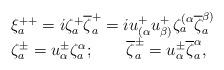
LaTeX: \begin{align*}\begin{array}{lcr}\xi_a^{++}=i\zeta_a^+\overline{\zeta}^+_a=iu_{(\alpha}^+u_{\beta)}^+\zeta^{(\alpha}_a{\overline{\zeta}^{\beta)}_a}\\\zeta_a^{\pm}=u_{\alpha}^{\pm}\zeta^{\alpha}_a;\qquad\overline\zeta^{\pm}_a=u_{\alpha}^{\pm} \overline{\zeta}^{\alpha}_a,\end{array}\end{align*}